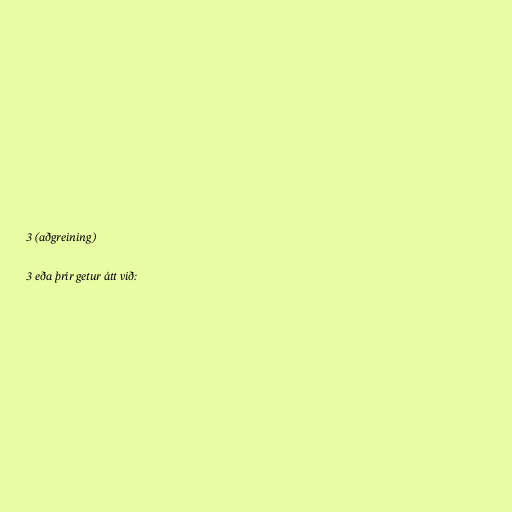
3 (aðgreining)

3 eða þrír getur átt við: